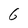
Character: 6